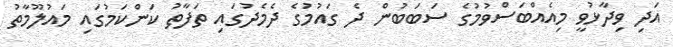
އަދި ވިދާޅުވީ މިއެއްބަސްވުމުގެ ސަބަބުން ދެ ގައުމުގެ ދެމެދުގައި ތަފާތު ކަންކަމުގައި މައުލޫމާތު